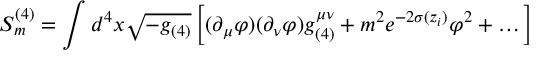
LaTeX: { \cal S } _ { m } ^ { ( 4 ) } = \int d ^ { 4 } x \sqrt { - g _ { ( 4 ) } } \left[ ( \partial _ { \mu } \varphi ) ( \partial _ { \nu } \varphi ) g _ { ( 4 ) } ^ { \mu \nu } + m ^ { 2 } e ^ { - 2 \sigma ( z _ { i } ) } \varphi ^ { 2 } + \dots \right]